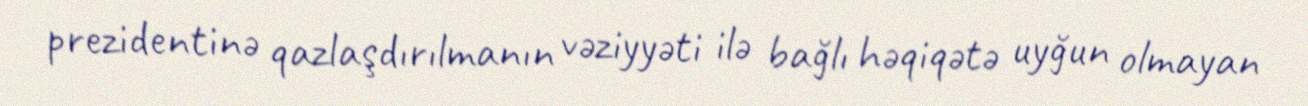
prezidentinə qazlaşdırılmanın vəziyyəti ilə bağlı həqiqətə uyğun olmayan